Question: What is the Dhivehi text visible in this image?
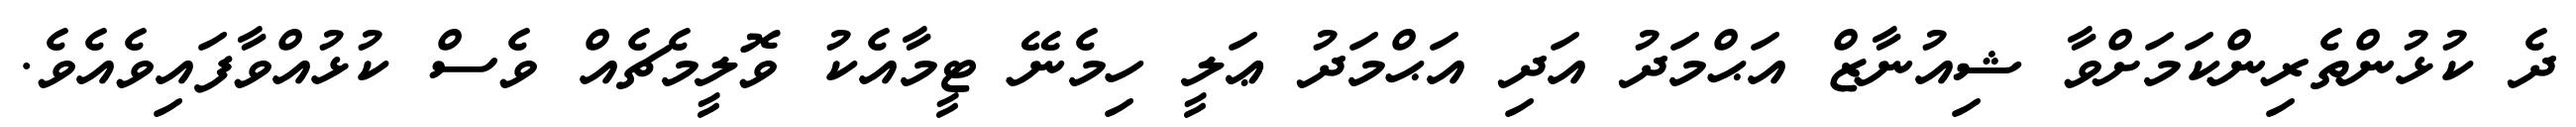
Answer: ދެ ކުޅުންތެރިންކަމަށްވާ ޝިއުނާޒް އަޙްމަދު އަދި އަޙްމަދު ޢަލީ ހިމެނޭ ޓީމާއެކު ވޮލީމެޗެއް ވެސް ކުޅުއްވާފައިވެއެވެ.